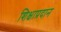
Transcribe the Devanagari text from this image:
शिक्षाप्रदान